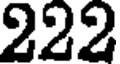
222